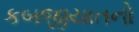
કબજીયાતનો